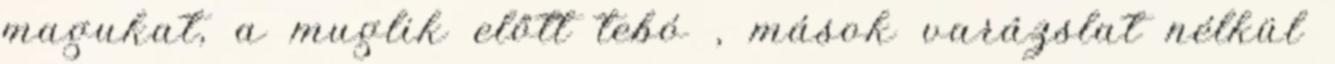
magukat, a muglik előtt tebó , mások varázslat nélkül